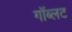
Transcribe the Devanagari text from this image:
गॉब्लट